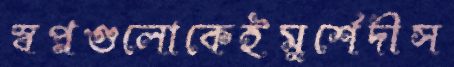
স্বপ্নগুলোকেইমুর্শেদীস